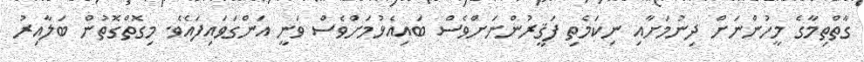
ގާތްތިމާގެ މީހުންނަށް ދިނުމަށާއި ނިކަމެތި ފަޤީރުންނަށްވެސް ބައިއެޅުމަށްވެސް ވަނީ އަންގަވައިފައެވެ. މިގޮތްގޮތުން ބަލާއިރު